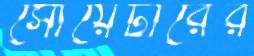
সোয়েটারের